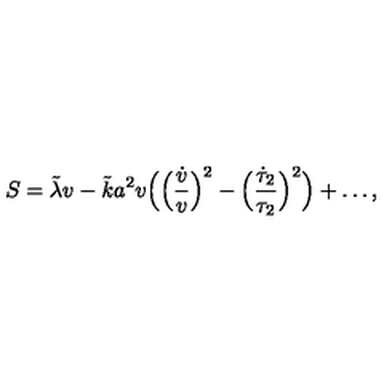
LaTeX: S = \tilde { \lambda } v - \tilde { k } a ^ { 2 } v \Bigl ( \Bigl ( \frac { \dot { v } } { v } \Bigr ) ^ { 2 } - \Bigl ( \frac { \dot { \tau } _ { 2 } } { \tau _ { 2 } } \Bigr ) ^ { 2 } \Bigr ) + \dots ,